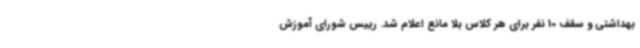
بهداشتی و سقف 10 نفر برای هر کلاس بلا مانع اعلام شد. رییس شورای آموزش